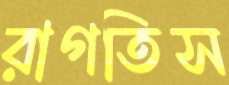
রাগতিস